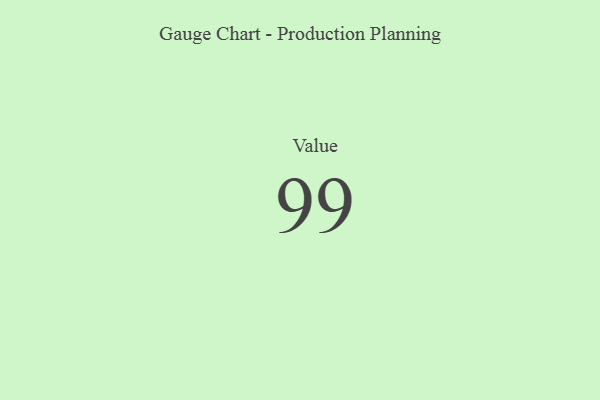
{"axis": {"x": "Metric", "y": "Value"}, "legend": [""], "data": [{"x": "Value", "y": 99, "type": ""}]}